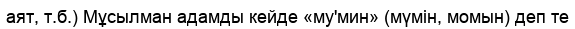
аят, т.б.) Мұсылман адамды кейде «му'мин» (мүмін, момын) деп те